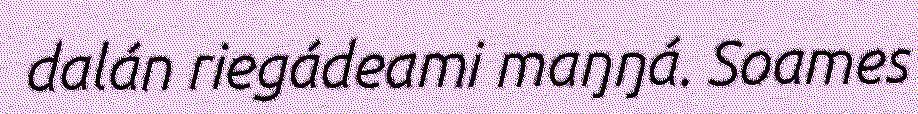
dalán riegádeami maŋŋá. Soames